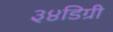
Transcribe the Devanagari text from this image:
३४डिग्री